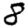
Digit: 8